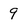
Character: 9